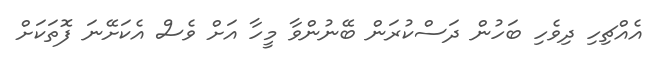
އެއްޗިހި ދިވެހި ބަހުން ދަސްކުރަން ބޭނުންވާ މީހާ އަށް ވެސް އެކަށޭނަ ފޮތަކަށް